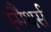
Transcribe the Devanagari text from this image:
स्मैथर्स